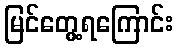
မြင်တွေ့ရကြောင်း